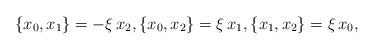
LaTeX: \begin{align*} \{ x_0, x_1\}= -\xi \, x_2 , \{ x_0, x_2\}= \xi \, x_1, \{x_1, x_2\}= \xi \, x_0,\end{align*}